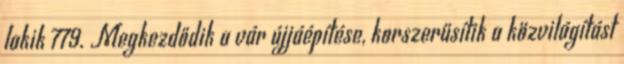
lakik 779. Megkezdődik a vár újjáépítése, korszerűsítik a közvilágítást